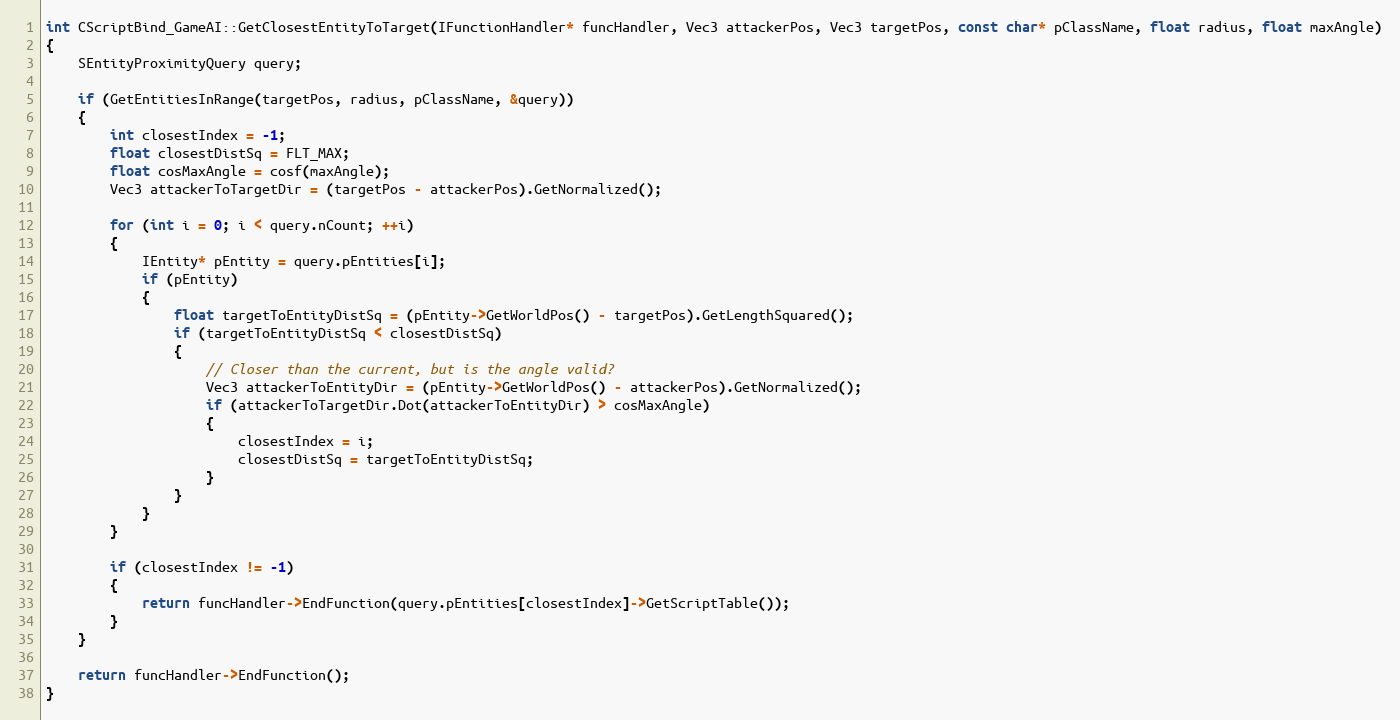
Language: C++
int CScriptBind_GameAI::GetClosestEntityToTarget(IFunctionHandler* funcHandler, Vec3 attackerPos, Vec3 targetPos, const char* pClassName, float radius, float maxAngle)
{
	SEntityProximityQuery query;

	if (GetEntitiesInRange(targetPos, radius, pClassName, &query))
	{
		int closestIndex = -1;
		float closestDistSq = FLT_MAX;
		float cosMaxAngle = cosf(maxAngle);
		Vec3 attackerToTargetDir = (targetPos - attackerPos).GetNormalized();

		for (int i = 0; i < query.nCount; ++i)
		{
			IEntity* pEntity = query.pEntities[i];
			if (pEntity)
			{
				float targetToEntityDistSq = (pEntity->GetWorldPos() - targetPos).GetLengthSquared();
				if (targetToEntityDistSq < closestDistSq)
				{
					// Closer than the current, but is the angle valid?
					Vec3 attackerToEntityDir = (pEntity->GetWorldPos() - attackerPos).GetNormalized();
					if (attackerToTargetDir.Dot(attackerToEntityDir) > cosMaxAngle)
					{
						closestIndex = i;
						closestDistSq = targetToEntityDistSq;
					}
				}
			}
		}

		if (closestIndex != -1)
		{
			return funcHandler->EndFunction(query.pEntities[closestIndex]->GetScriptTable());
		}
	}

	return funcHandler->EndFunction();
}